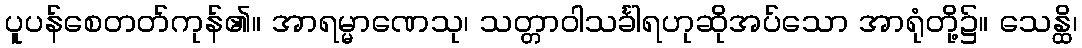
ပူပန်စေတတ်ကုန်၏။ အာရမ္မာဏေသု၊ သတ္တာဝါသင်္ခါရဟုဆိုအပ်သော အာရုံတို့၌။ သေန္ထိ၊